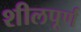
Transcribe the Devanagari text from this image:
शीलपूर्ण